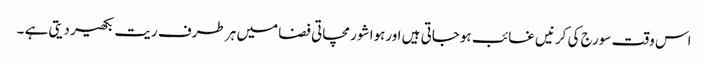
اس وقت سورج کی کرنیں غائب ہوجاتی ہیں اورہوا شور مچاتی فضا میں ہر طرف ریت بکھیر دیتی ہے ۔